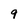
Character: 9